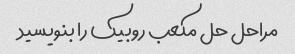
مراحل حل مکعب روبیک را بنویسید